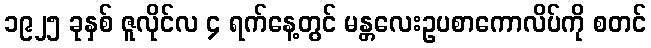
၁၉၂၅ ခုနှစ် ဇူလိုင်လ ၄ ရက်နေ့တွင် မန္တလေးဥပစာကောလိပ်ကို စတင်